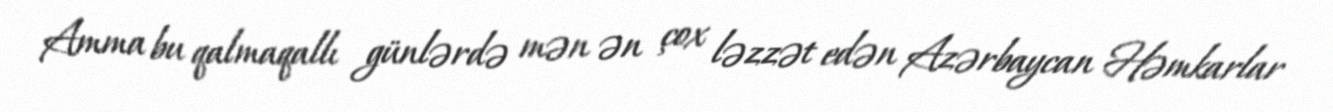
Amma bu qalmaqallı günlərdə mən ən çox ləzzət edən Azərbaycan Həmkarlar